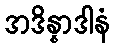
အဒိန္နာဒါနံ